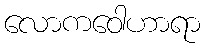
လောကဝေါဟာရာ